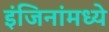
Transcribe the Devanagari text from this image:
इंजिनांमध्ये